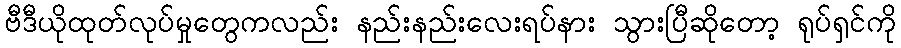
ဗီဒီယိုထုတ်လုပ်မှုတွေကလည်း နည်းနည်းလေးရပ်နား သွားပြီဆိုတော့ ရုပ်ရှင်ကို